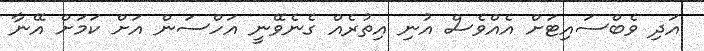
އަދި ވެބްސައިޓަށް އެއްވެސް އުނި އިތުރެއް ގެނެވޭނީ އަހްސަން އަށް ކަމަށް އޭނާ